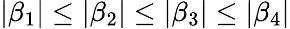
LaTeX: \left|\beta_{1}\right|\leq\left|\beta_{2}\right|\leq\left|\beta_{3}\right|\leq\left|\beta_{4}\right|